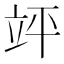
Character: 𮄪